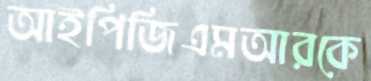
আইপিজিএমআরকে